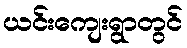
ယင်းကျေးရွာတွင်